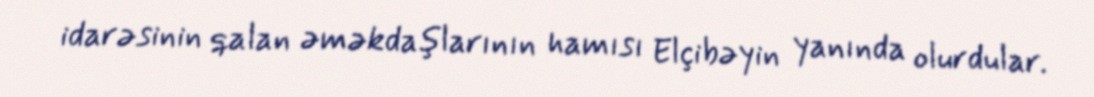
idarəsinin qalan əməkdaşlarının hamısı Elçibəyin yanında olurdular.